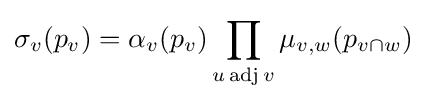
\sigma _{v}(p_{v})=\alpha _{v}(p_{v})\prod _{u\operatorname {adj} v}\mu _{v,w}(p_{v\cap w})